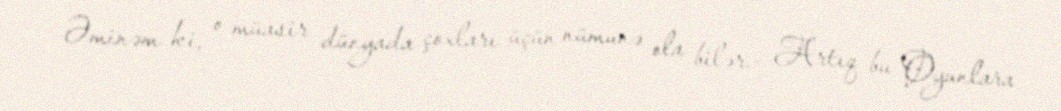
Əminəm ki, o müasir dünyada çoxları üçün nümunə ola bilər.- Artıq bu Oyunlara